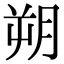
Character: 朔